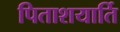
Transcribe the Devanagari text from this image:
पिताशयार्ति